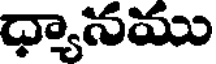
ధ్యానము